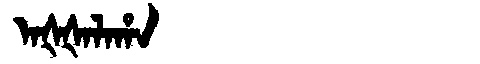
Manchu: ᠠᡧᡧᠠᠯᠠᡥᠠ
Romanization: AŠŠALAHA